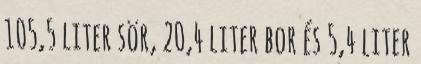
105,5 liter sör, 20,4 liter bor és 5,4 liter